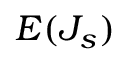
E ( J _ { s } )